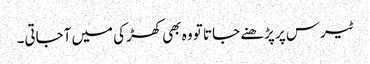
ٹیرس پر پڑھنے جاتا تو وہ بھی کھڑکی میں آجاتی۔